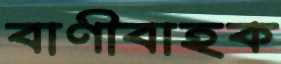
বাণীবাহক